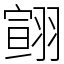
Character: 翧